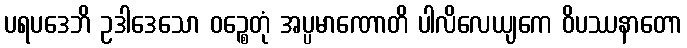
ပရပဒေဘိ ဥဒါဒေသော ဝဉ္စေတုံ အပ္ပမာဏောတိ ပါလိလေယျကေ ဝိပဿနာတော